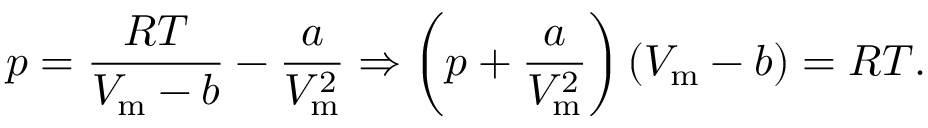
p = { \frac { R T } { V _ { \mathrm { m } } - b } } - { \frac { a } { V _ { \mathrm { m } } ^ { 2 } } } \Rightarrow \left( p + { \frac { a } { V _ { \mathrm { m } } ^ { 2 } } } \right) ( V _ { \mathrm { m } } - b ) = R T .